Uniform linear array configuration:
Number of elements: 24
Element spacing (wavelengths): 0.25
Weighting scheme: blackman
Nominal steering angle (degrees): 60
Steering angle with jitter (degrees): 60.798
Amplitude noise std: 0.05
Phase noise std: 0.05

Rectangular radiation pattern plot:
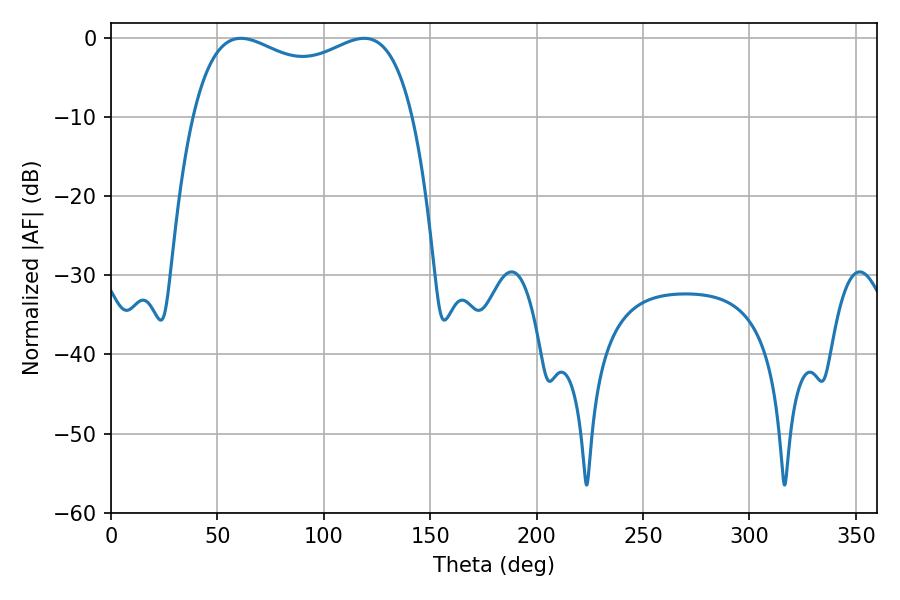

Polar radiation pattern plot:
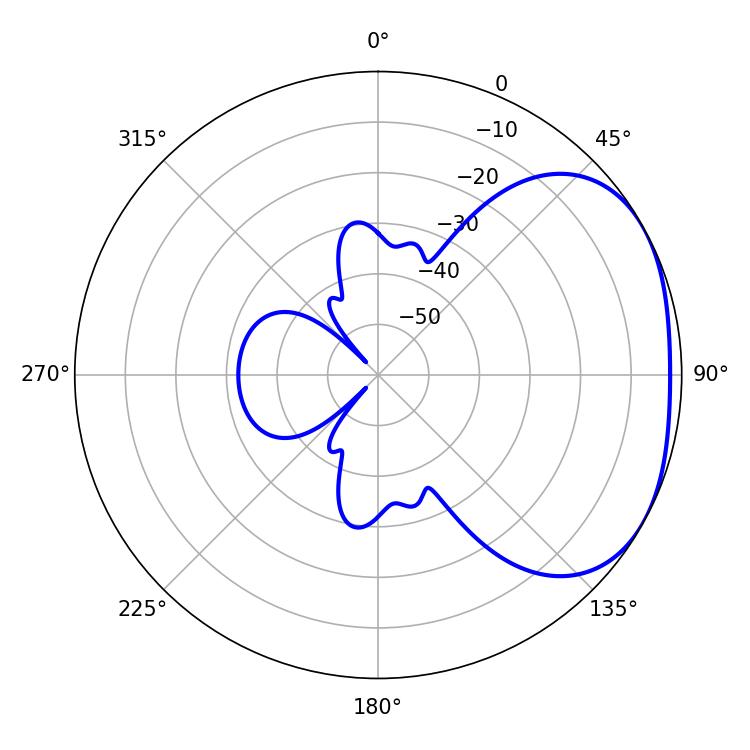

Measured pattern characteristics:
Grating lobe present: FALSE
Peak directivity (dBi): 2.478
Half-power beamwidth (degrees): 85.68
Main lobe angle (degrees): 61.02